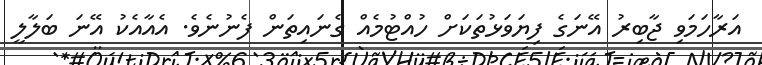
އަރާހަމަވި ޖާބިރު އޭނަގެ ފިޔަވަޅުތަަކަށް ހުއްޓުމެއް ގެނައިތަން ފެނުނެވެ. އެއާއެކު އޭނަ ބަލާލީ